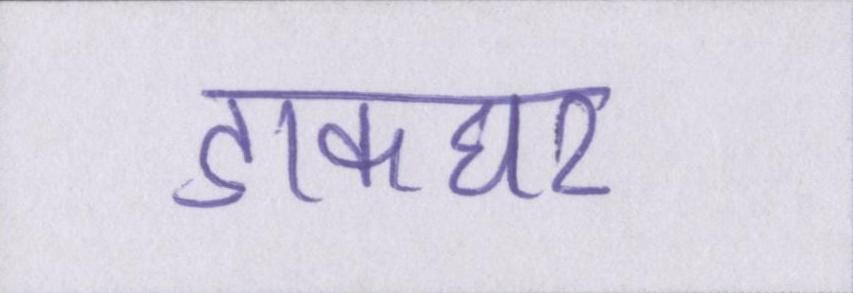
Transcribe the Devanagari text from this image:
डाकघर